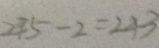
2 4 5 - 2 = 2 4 3